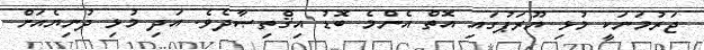
ޖަރުމަނަކީ މުޅި ޔޫރަޕުގައި އޮތް އެންމެ ބޮޑު އިޤްތިޞާދެވެ. އަދި މުޅި ދުނިޔެއަށް